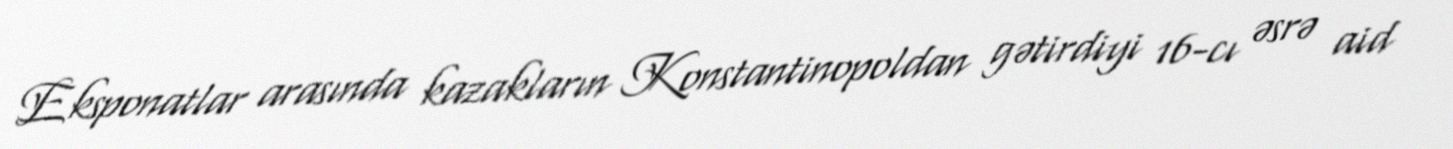
Eksponatlar arasında kazakların Konstantinopoldan gətirdiyi 16-cı əsrə aid